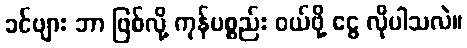
ခင်ဗျား ဘာ ဖြစ်လို့ ကုန်ပစ္စည်း ဝယ်ဖို့ ငွေ လိုပါသလဲ။